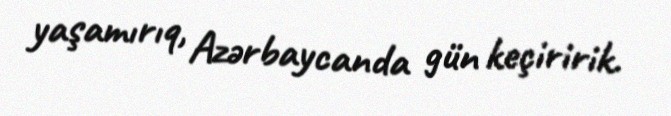
yaşamırıq, Azərbaycanda gün keçiririk.